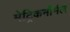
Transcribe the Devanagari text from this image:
मेट्रिकनॉर्मल